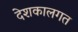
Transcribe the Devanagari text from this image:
देशकालगत